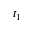
t _ { 1 }